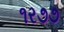
૧ર૭૭